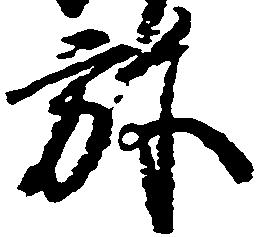
弥